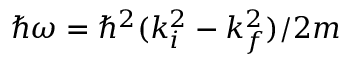
\hbar \omega = \hbar ^ { 2 } ( k _ { i } ^ { 2 } - k _ { f } ^ { 2 } ) / 2 m